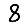
Digit: 8